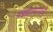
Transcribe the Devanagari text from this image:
पडद्यामागचे